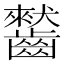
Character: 𪙤